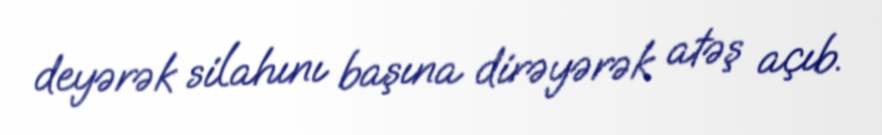
deyərək silahını başına dirəyərək atəş açıb.